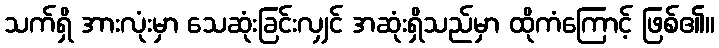
သက်ရှိ အားလုံးမှာ သေဆုံးခြင်းလျှင် အဆုံးရှိသည်မှာ ထိုကံကြောင့် ဖြစ်၏။